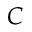
C